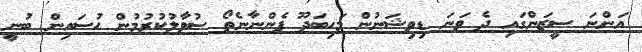
އަންނަ ސީޒަންގައި ދެ ވަނަ ޑިވިޝަނުން މަހިބަދޫ ފެންނާނެތޯ ސުވާލުކުރުމުން ޙުސައިން ބުނީ